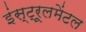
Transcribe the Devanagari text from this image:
इंस्ट्रूलमेंटल